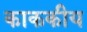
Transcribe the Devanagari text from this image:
काककीय